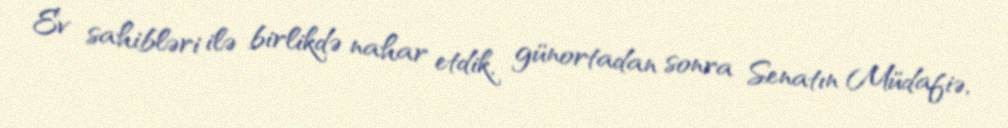
Ev sahibləri ilə birlikdə nahar etdik, günortadan sonra Senatın Müdafiə,